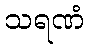
သရဏံ